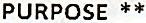
PURPOSE **